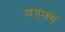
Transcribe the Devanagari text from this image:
यगमण